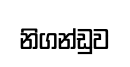
නිගන්ඩුව